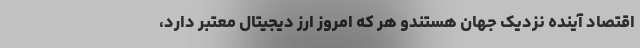
اقتصاد آینده نزدیک جهان هستندو هر که امروز ارز دیجیتال معتبر دارد،